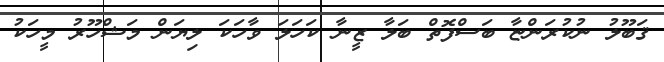
ޤަބޫލު ނުކުރަންޏާ ބަސްފޮތް ބަލާ ޒީނާ ކަހަލަ ވާހަކަ ލިޔަން މަޝްހޫރު މީހަކު